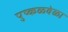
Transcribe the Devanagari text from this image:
पुष्कळवेळा